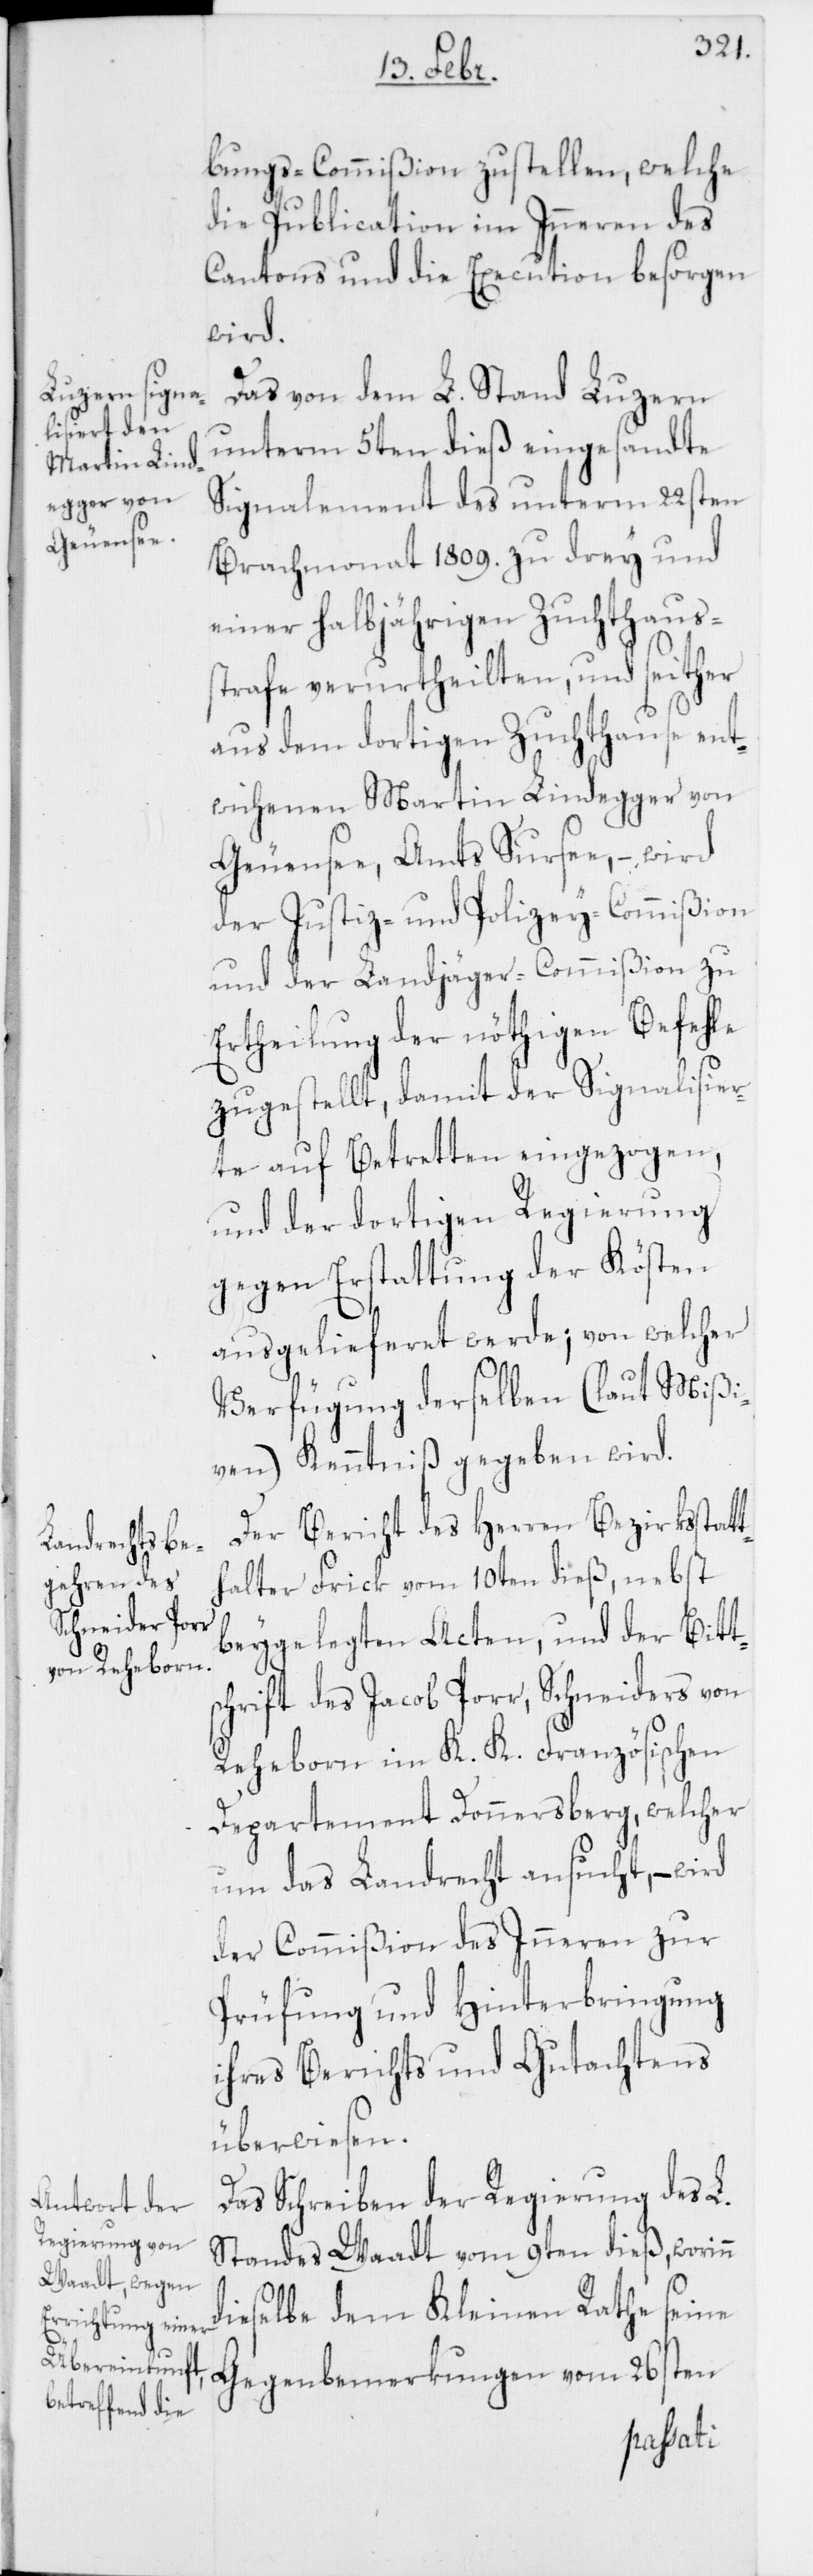
th¬

bungs-Commißion zustellen, welche
die Publication im Inneren des
Cantons und die Execution besorgen
wird.
Das von dem L. Stand Luzern
unterm 5ten dieß eingesandte
Signalement des unterm 22sten
Brachmonat 1809. zu drey und
einer halbjährigen Zuchthauss¬
trafe verurtheilten, und seither
aus dem dortigen Zuchthause ent¬
wichenen Martin Lindegger von
Geuensee, Amts Sursee, – wird
der Justiz- und Polizey-Commißion
und der Landjäger-Commißion zu
Ertheilung der nöthigen Befehle
zugestellt, damit der Signalisier¬
te auf Betretten eingezogen,
und der dortigen Regierung
gegen Erstattung der Kösten
ausgelieferet werde; von welcher
Verfügung derselben (laut Mißi¬
ven) Kenntniß gegeben wird.
Der Bericht des Herren Bezirksstat¬
alter Frick vom 10ten dieß, nebst
beygelegten Acten, und der Bitt¬
schrift des Jacob Porr, Schneiders von
Reheborn im K. K. Französischen
Departement Donnersberg, welcher
um das Landrecht ansucht, – wird
der Commißion des Inneren zur
Prüfung und Hinterbringung
ihres Berichts und Gutachtens
überwiesen.
Das Schreiben der Regierung des L.
Standes Waadt vom 9ten dieß, worinn
dieselbe dem Kleinen Rathe seine
Gegenbemerkungen vom 26sten